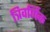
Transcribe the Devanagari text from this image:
त्रिवर्णिक